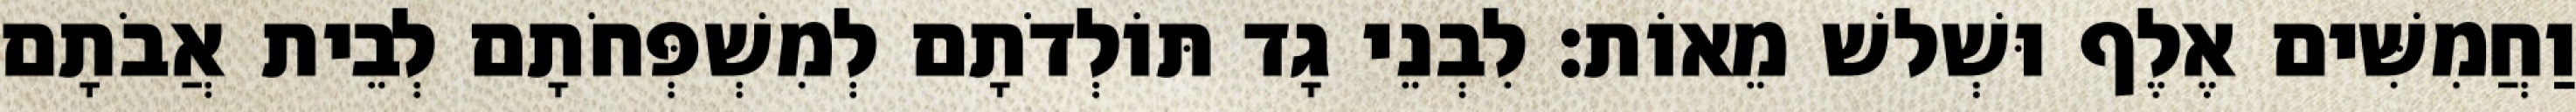
וַחֲמִשִּׁים אֶלֶף וּשְׁלשׁ מֵאוֹת׃ לִבְנֵי גָד תּוֹלְדֹתָם לְמִשְׁפְּחֹתָם לְבֵית אֲבֹתָם